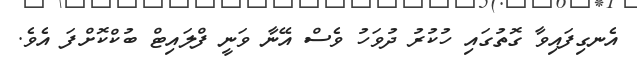
އެނގިފައިވާ ގޮތުގައި ހުކުރު ދުވަހު ވެސް އޭނާ ވަނީ ފްލައިޓް ބުކްކޮށްފަ އެވެ.